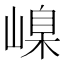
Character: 嵲